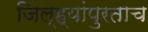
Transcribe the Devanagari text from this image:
जिल्ह्यांपुरताच